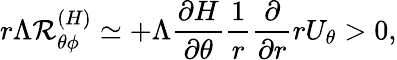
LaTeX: r\Lambda{\cal{R}}_{\theta\phi}^{(H)}\simeq+\Lambda\frac{\partial H}{\partial\theta}\frac{1}{r}\frac{\partial}{\partial r}rU_{\theta}>0,